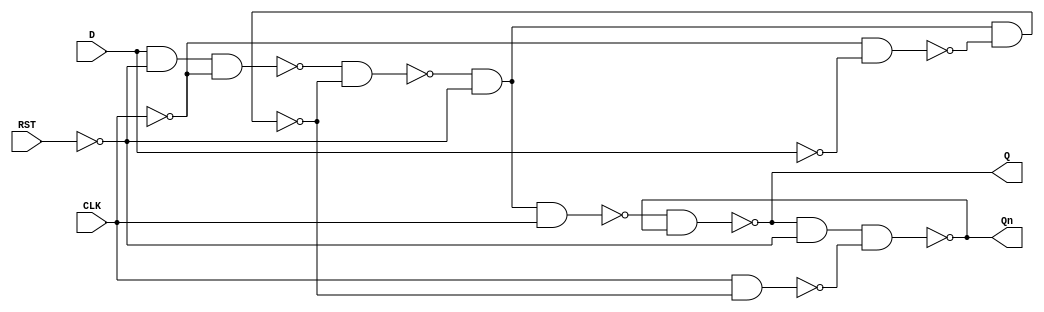
/**
 * Author:
 *   Konstantinos Chatzis
 *   June 2021
 *   kachatzis <at> ece.auth.gr
 */

 /**
  * D-FF using structural verilog.
  * RST and CLK are active HIGH.
  * The FF works on the positive 
  * clock edge.
  */
module d_ff (
    output wire Q, Qn,
    input wire D, CLK, RST
);

wire n1, n2, n3, n4, n5, n6;

not u1(_CLK, CLK);
not u2(_RST, RST);
not u3(_D, D);

// Master
nand u4(n1, D, _RST, _CLK);
nand u5(n2, _CLK, _D);
nand u6(n3, n1, n4);
nand u7(n4, n3, _RST, n2);

// Slave
nand u8(n5, n3, _RST, CLK);
nand u9(n6, CLK, n4);
nand u10(Q, n5, Qn);
nand u11(Qn, Q, _RST, n6);

endmodule